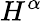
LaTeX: H^{\alpha}